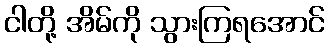
ငါတို့ အိမ်ကို သွားကြရအောင်